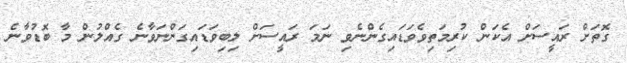
ގޮތަށް ރައީސަށް އެކަން ކުރިމަތިވެވަޑައިގެންނެވި ނަމަ ރައީސަށް ލިބިވަޑައިގަންނަވާނެ ގެއްލުން މާ ބޮޑުވާނެ